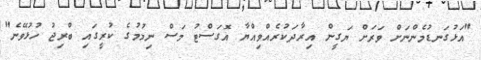
"އަޅުގަނޑުމެންނަށް ވަރަށް ޔަގީން އިރާދަކުރެއްވިއްޔާ އޮގަސްޓު މަސް ނިމުމުގެ ކުރީގައި ބްރިޖު ހުޅުވޭނެ"